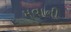
મવાની